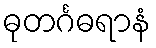
ဓုတင်္ဂဓရာနံ